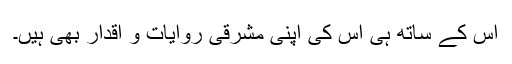
اس کے ساتھ ہی اس کی اپنی مشرقی روایات و اقدار بھی ہیں۔